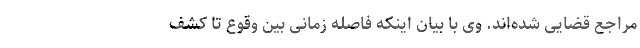
مراجع قضایی شده‌اند. وی با بیان اینکه فاصله زمانی بین وقوع تا کشف